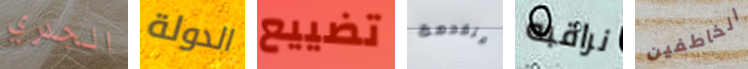
الجدري الدولة تضييع متقدمة نراقبه الخاطفين